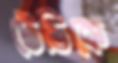
টেডিকে